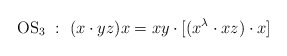
\begin{align*}\textrm{OS$_3$}~:~(x\cdot yz)x=xy\cdot [(x^\lambda \cdot xz)\cdot x]\end{align*}